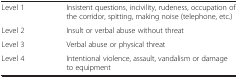
| <COLSPAN=2>  |
 | --- | --- |
 | Level 1 | Insistent questions, incivility, rudeness, occupation of the corridor, spitting, making noise (telephone, etc.) |
 | Level 2 | Insult or verbal abuse without threat |
 | Level 3 | Verbal abuse or physical threat |
 | Level 4 | Intentional violence, assault, vandalism or damage to equipment |